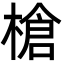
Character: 槍